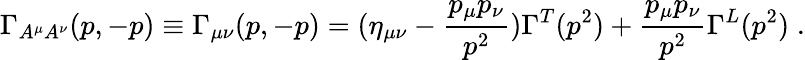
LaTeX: \Gamma_{A^{\mu}A^{\nu}}(p,-p)\equiv\Gamma_{\mu\nu}(p,-p)=(\eta_{\mu\nu}-\frac{p_{\mu}p_{\nu}}{p^{2}})\Gamma^{T}(p^{2})+\frac{p_{\mu}p_{\nu}}{p^{2}}\Gamma^{L}(p^{2})\; .